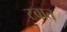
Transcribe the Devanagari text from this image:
टबात